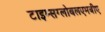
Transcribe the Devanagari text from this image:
टाइम्सग्लोबलएमबीए